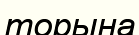
торына